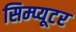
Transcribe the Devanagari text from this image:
सिम्प्यूटर